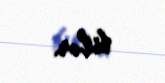
bilər.